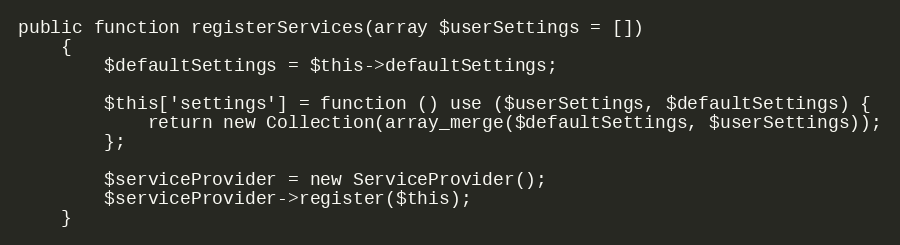
Language: PHP
public function registerServices(array $userSettings = [])
    {
        $defaultSettings = $this->defaultSettings;

        $this['settings'] = function () use ($userSettings, $defaultSettings) {
            return new Collection(array_merge($defaultSettings, $userSettings));
        };

        $serviceProvider = new ServiceProvider();
        $serviceProvider->register($this);
    }